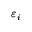
\varepsilon _ { i }